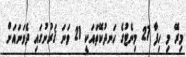
މިރޭ މި ހިފާ 27 މިނެޓުގެ ހަނދުކޭތައަކީ 21 ވަނަ ޤަރުނުގައި ދެވަނައަށް